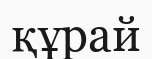
құрай